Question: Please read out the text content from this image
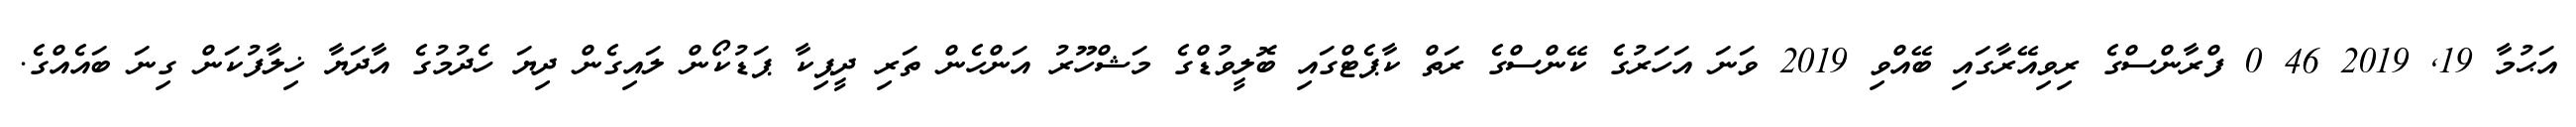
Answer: އަޙުމާ 19, 2019 46 0 ފްރާންސްގެ ރިވިއޭރާގައި ބޭއްވި 2019 ވަނަ އަހަރުގެ ކޭންސްގެ ރަތް ކާޕެޓްގައި ބޮލީވުޑްގެ މަޝްހޫރު އަންހެން ތަރި ދީޕިކާ ޕަޑުކޯން ލައިގެން ދިޔަ ހެދުމުގެ އާދަޔާ ޚިލާފުކަން ގިނަ ބައެއްގެ.